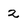
Character: 2